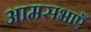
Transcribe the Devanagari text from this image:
आमसभाएँ